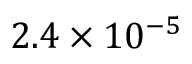
2 . 4 \times 1 0 ^ { - 5 }